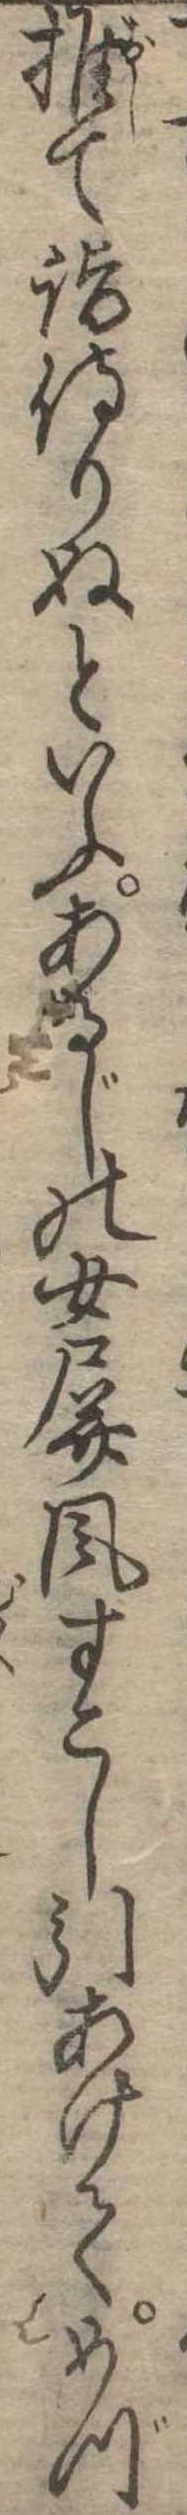
推て詣侍りぬといふあるじの女屏風すこし引あけてめづ